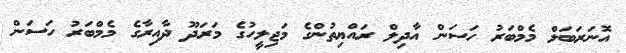
އޮނަރަބަލް މެމްބަރު ހަސަން އާދިލް ރައްޔިތުންގެ މަޖިލީހުގެ މަރަދޫ ދާއިރާގެ މެމްބަރު ހަސަން